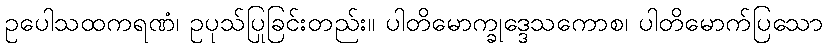
ဥပေါသထကရဏံ၊ ဥပုသ်ပြုခြင်းတည်း။ ပါတိမောက္ခုဒ္ဒေသကောစ၊ ပါတိမောက်ပြသော